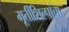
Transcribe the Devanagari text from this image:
मूर्तीशिल्पांचा